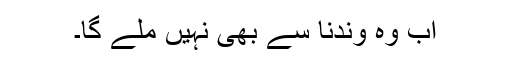
اب وہ وندنا سے بھی نہیں ملے گا۔